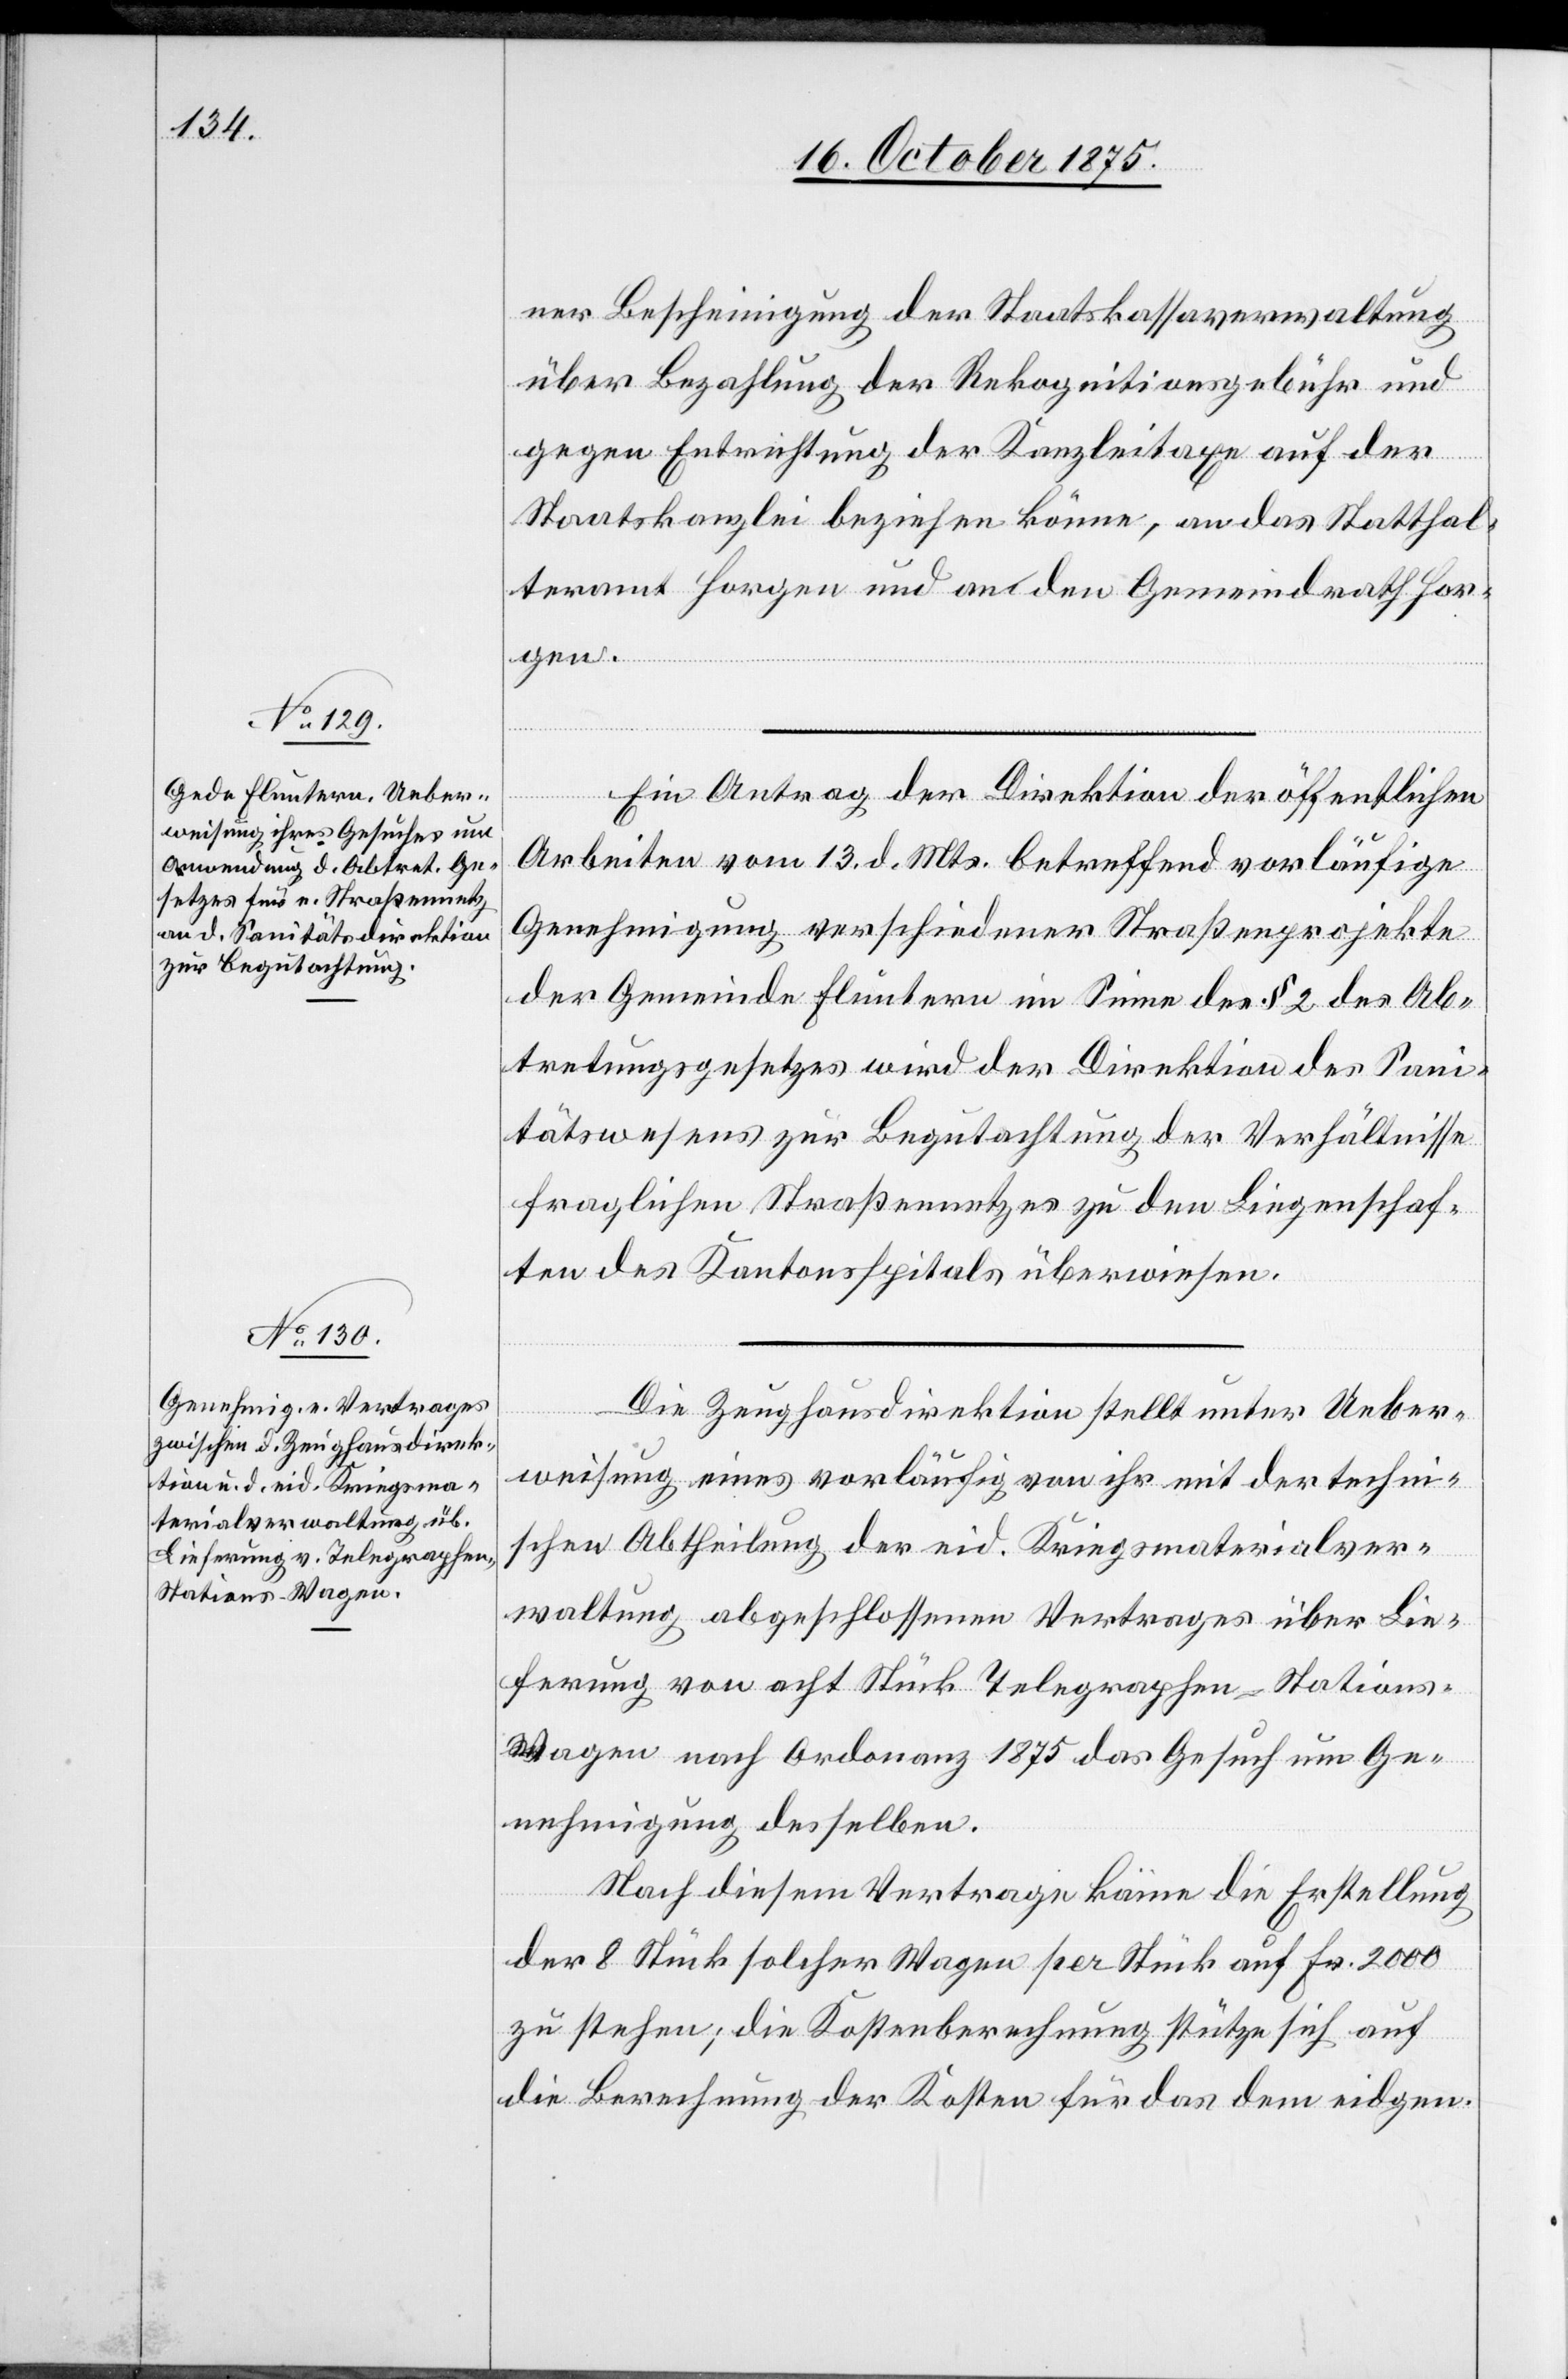
ner Bescheinigung der Staatskassaverwaltung
über Bezahlung der Rekognitionsgebühr und
gegen Entrichtung der Kanzleitaxe auf der
Staatskanzlei beziehen könne, an das Statthal¬
teramt Horgen und an den Gemeindrath Hor¬
gen.
Ein Antrag der Direktion der öffentlichen
Arbeiten vom 13. d. Mts. betreffend vorläufige
Genehmigung verschiedener Straßenprojekte
der Gemeinde Fluntern im Sinne des § 2 des Ab¬
tretungsgesetzes wird der Direktion des Sani¬
tätswesens zur Begutachtung der Verhältnisse
fraglichen Straßennetzes zu den Liegenschaf¬
ten des Kantonsspitals überwiesen.
Die Zeughausdirektion stellt unter Ueber¬
weisung eines vorläufig von ihr mit der techni¬
schen Abtheilung der eid. Kriegsmaterialver¬
waltung abgeschlossenen Vertrages über Lie¬
ferung von acht Stück Telegraphen-Stations-W¬
agen nach Ordonanz 1875 das Gesuch um Ge¬
nehmigung desselben.
Nach diesem Vertrage käme die Erstellung
der 8 Stück solcher Wagen per Stück auf Fr. 2000
zu stehen; die Kostenberechnung stütze sich auf
die Berechnung der Kosten für das dem eidgen.